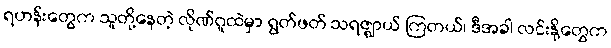
ရဟန်းတွေက သူတို့နေတဲ့ လိုဏ်ဂူထဲမှာ ရွတ်ဖတ် သရဇ္ဈာယ် ကြတယ်၊ ဒီအခါ လင်းနို့တွေက